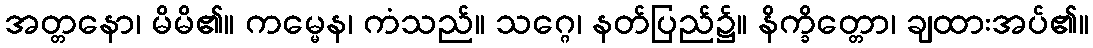
အတ္တနော၊ မိမိ၏။ ကမ္မေန၊ ကံသည်။ သဂ္ဂေ၊ နတ်ပြည်၌။ နိက္ခိတ္တော၊ ချထားအပ်၏။